Memorandum on the prevention of leprosy by segregation of the affected
Disease focus: Leprosy
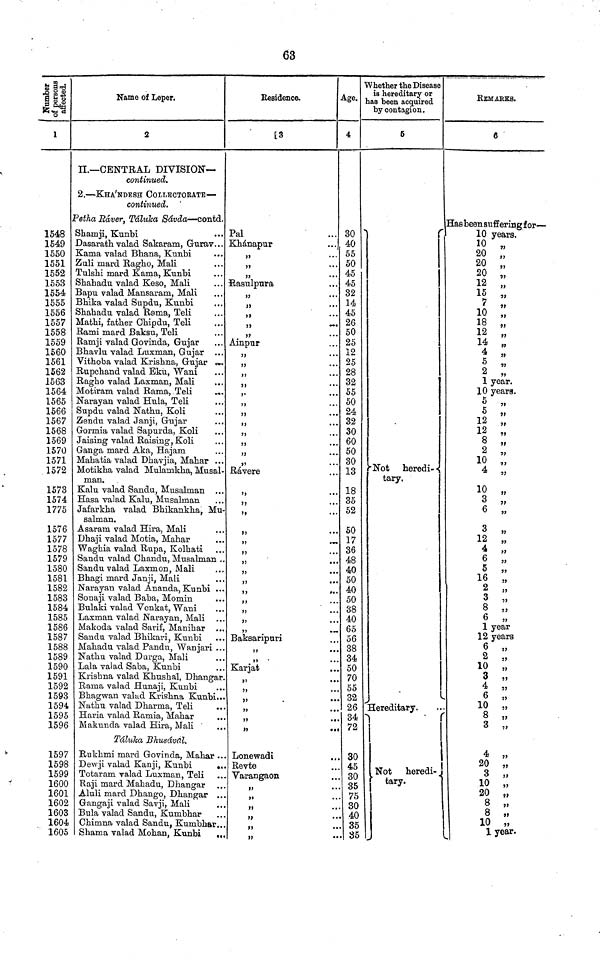
63
1
1548
1549
1550
1551
1552
1553
1554
1555
1556
1557
1558
1559
1560
1561
1562
1563
1564
1565
1566
1567
1568
1569
1570
1571
1572
1573
1574
1775
1576
1577
1578
1579
1580
1581
1582
1583
1584
1585
1586
1587
1588
1589
1590
1591
1592
1593
1594
1595
1596
1597
1598
1599
1600
1601
1602
1603
1604
1605
Name of Leper.
2
II.— CENTRAL DIVISION—
continued.
2. — KHA'NDESH COLLECTORATE —
continued.
Petha Ráver, Táluka Sávda — contd.
Shamji, Kunbi
Dasarath valad Sakaram, Gurav...
Kama valad Bhana, Kunbi
Zuli mard Ragho, Mali
Tulshi mard Kama, Kunbi
Shahadu valad Keso, Mali
Bapu valad Mansaram, Mali
Bhika valad Supdu, Kunbi
Shahadu valad Rama, Teli
Mathi, father Chipdu, Teli
Rami mard Baksu, Teli
Ramji valad Govinda, Gujar
Bhavlu valad Luxman, Gujar
Vithoba valad Krishna, Gujar
Rupchand valad Eku, Wani
Ragho valad Laxman, Mali
Motiram valad Rama, Teli
Narayan valad Hula, Teli
Supdu valad Nathu, Koli
Zendu valad Janji, Gujar
Gormia valad Sapurda, Koli
Jaising valad Raising, Koli
Ganga mard Aka, Hajam
Mahatia valad Dhavjia, Mahar ...
Motikha valad Mulamkha, Musal-
man.
Kalu valad Sandu, Musalrnan ...
Hasa valad Kalu, Musalrnan
Jafarkha valad Bhikankha, Mu-
salman.
Asaram valad Hira, Mali
Dhaji valad Motia, Mahar
Waghia valad Rupa, Kolhati
Sandu valad Chandu, Musalman .
Sandu valad Laxmon, Mali
Bhagi mard Janji, Mali
Narayan valad Ananda, Kunbi ..
Sonaji valad Baba, Momin
Bulaki valad Venkat, Wani
Laxman valad Narayan, Mali
Makoda valad Sarif, Manibar ..
Sandu valad Bhikari, Kunbi
Mahadu valad Pandu, Wanjari ..
Nathu valad Durga, Mali
Lala valad Saba, Kunbi
Krishna valad Khushal, Dhangar
Rama valad Hunaji, Kunbi
Bhagwan valad Krishna Kunbi..
Nathu valad Dharma, Teli
Haria valad Ramia, Mahar
Makunda valad Hira, Mali
Táluka Bhusával.
Rukhmi mard Govinda, Mahar .
Dewji valad Kanji, Kunbi
.
Totaram valad Luxman, Teli
Raji mard Mahadu, Dhangar
Aluli mard Dhango, Dhangar .
Gangaji valad Savji, Mali
Bula valad Sandu, Kumbhar
Chimna valad Sandu, Kumbhar.
Shama valad Mohan, Kunbi
.
Residence.
3
Pal
Khánapur
,,
,,
„
Rasulpura
„
"
"
"
"
Ainpur
,,
"
"
"
"
,,
"
"
"
,,
,,
,,
Rávere
"
"
"
"
"
"
"
"
"
"
"
"
"
"
Baksaripuri
"
"
Karjat
"
"
"
"
"
"
Lonewadi
Revte
Varangaon
"
"
"
"
"
"
Age.
4
30 "
40
55
50
45
45
32
14
45
26
50
25
12
25
28
32
55
50
24
32
30
60
50
30
13
18
35
52
50
17
36
48
40
50
40
50
38
40
65
56
38
34
50
70
55
32
26
34
72
30
45
30
35
75
30
40
35
85
Whether the Disease
is hereditary or
has been acquired
by contagion.
5
Not heredi--
tary.
Hereditary.
Not heredi- .
tary.
REMARKS.
6
Has been suffering for —
10 years.
10 "
20 „
20 "
20 "
12 „
15 "
7 "
10 „
18 „
12 "
14 „
4
5 2 „
year.
10 years.
5 "
12 „
12 „
8 „
2 „
10 „
4 „
10 „
3 „
6 „
3 „
12 „
4 „
6 „
5 „
16 „
2 „
3 „
8 „
6 „
year
12 years
7 "
3
10 „
4
6 „
10 „
8 „
4 „
20 „
3 „
10 „
10 20 „
8
8
10 „
1 year.